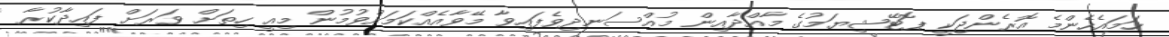
ހަމައެހެންމެ އޮރެންޖަކީ ޕޮޓޭޝިޔަމުގެ މާއްދާއިން މުއްސަނދިވެފައިވާ މޭވާއެއްކަމަށްވުމުން މިއީ ހިތަށް ވަރަށް ފައިދާކުރާ